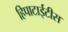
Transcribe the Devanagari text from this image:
हिपाटाईटीस